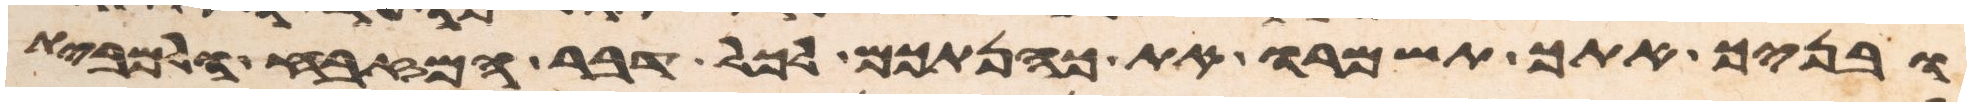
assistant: ובניך אתך תשמרו את כהנתכם לכל דבר המזבח ולמבית